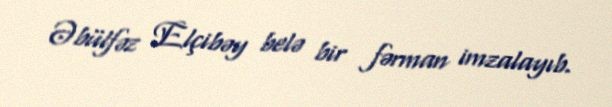
Əbülfəz Elçibəy belə bir fərman imzalayıb.